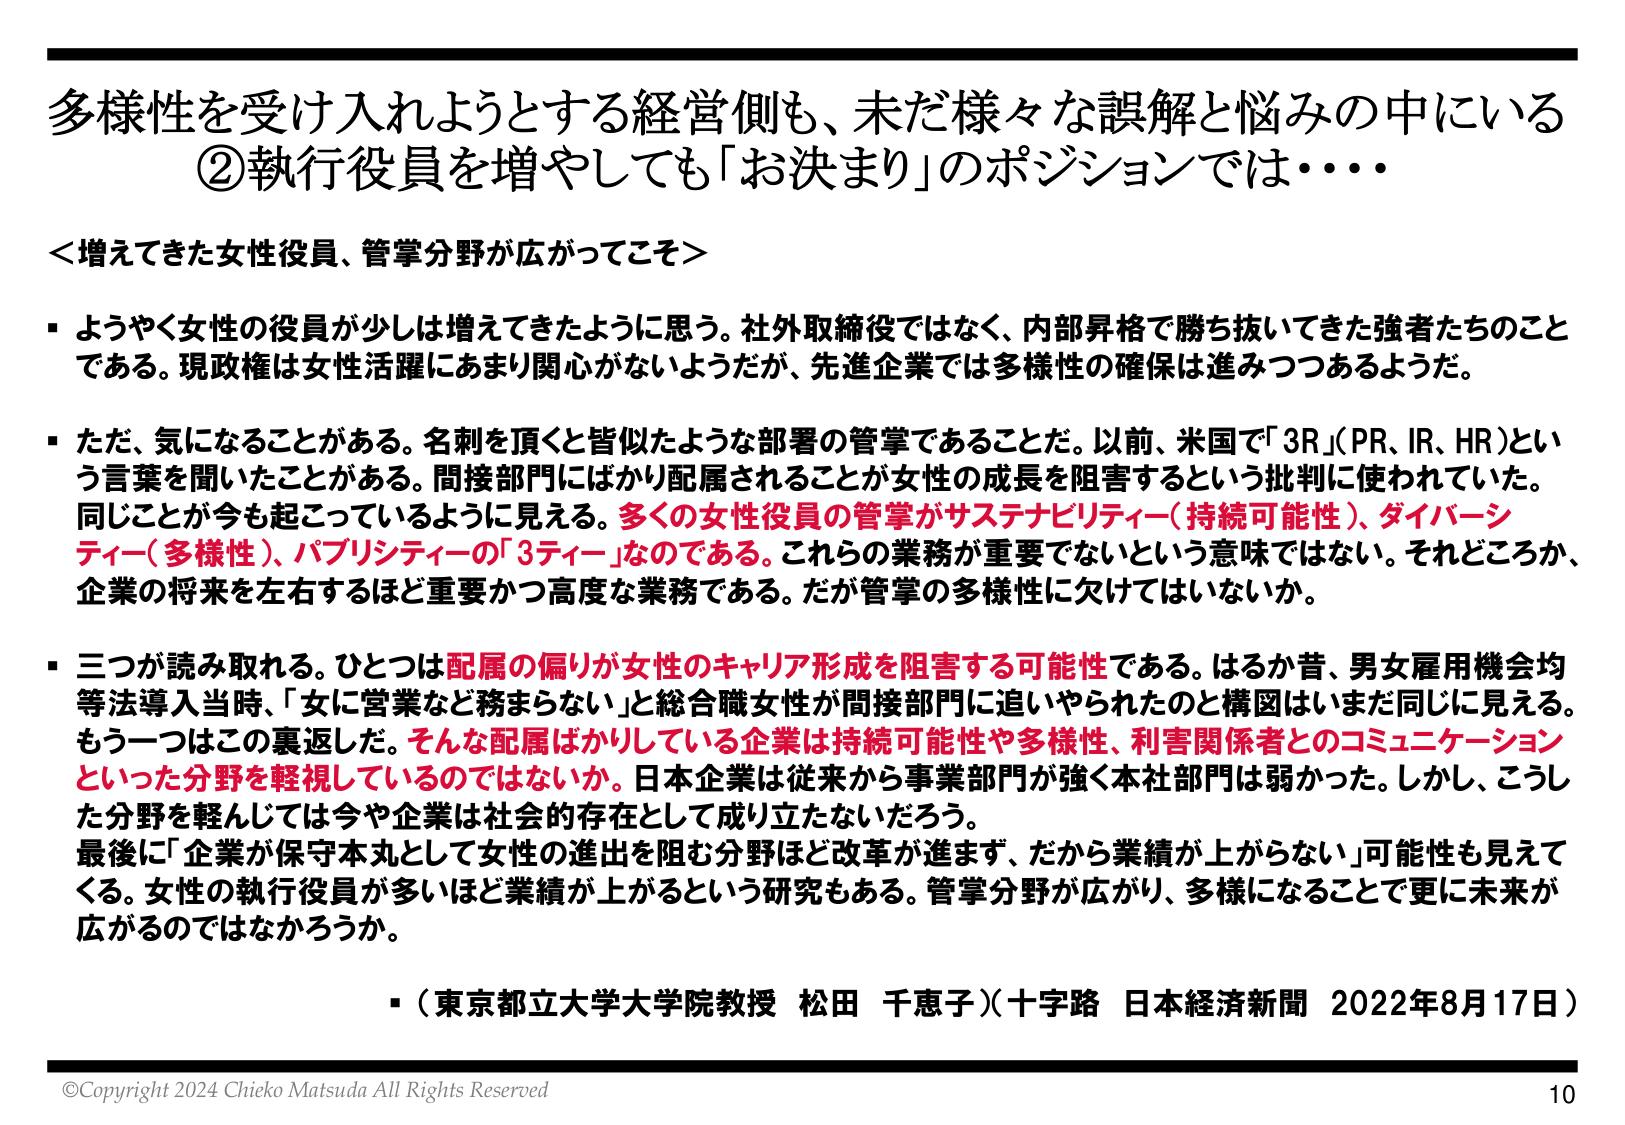
多様性を受け入れようとする経営側も、未だ様々な誤解と悩みの中にいる
②執行役員を増やしても「お決まり」のポジションでは・・・・

＜増えてきた女性役員、管掌分野が広がってこそ＞

・ようやく女性の役員が少しは増えてきたように思う。社外取締役ではなく、内部昇格で勝ち抜いてきた強者たちのことである。現政権は女性活躍にあまり関心がないようだが、先進企業では多様性の確保は進みつつあるようだ。

・ただ、気になることがある。名刺を頂くと皆似たような部署の管掌であることだ。以前、米国で「3R」（PR、IR、HR）という言葉を聞いたことがある。間接部門にばかり配属されることが女性の成長を阻害するという批判に使われていた。同じことが今も起こっているように見える。多くの女性役員の管掌がサステナビリティ（持続可能性）、ダイバーシティ（多様性）、パブリシティーの「3ティーア」なのである。これら の業務が重要でないという意味ではない。それどころか、企業の将来を左右するほど重要かつ高度な業務である。だが管掌の多様性に欠けてはいないか。

・三つが読み取れる。ひとつは配属の偏りが女性のキャリア形成を阻害する可能性である。はるか昔、男女雇用機会均等法導入当時、「女に営業など務まらない」と総合職女性が間接部門に追いやられたのと構図はいまだ同じに見える。もう一つはこの裏返しだ。そんな配属ばかりしている企業は持続可能性や多様性、利害関係者とのコミュニケーションといった分野を軽視しているのではない か。日本企業は従来から事業部門が強く本社部門は弱かった。しかし、こうした分野を軽んじては今や企業は社会的存在として成り立たないだろう。最後に「企業が保守本丸として女性の進出を阻む分野ほど改革が進まず、だから業績が上がらない」可能性も見えてくる。女性の執行役員が多いほど業績が上がるという研究もある。管掌分野が広がり、多様になることで更に未来が広がるのではなかろうか。

・（東京都立大学大学院教授 松田 千恵子）（十字路 日本経済新聞 2022年8月17日）

©Copyright 2024 Chieko Matsuda All Rights Reserved
10